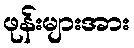
ဖုန်းများအား